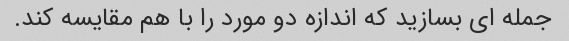
جمله ای بسازید که اندازه دو مورد را با هم مقایسه کند.